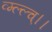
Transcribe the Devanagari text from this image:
व्म्ल्ल्च्।।